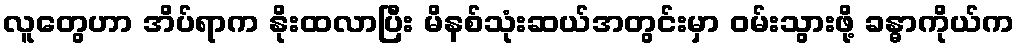
လူတွေဟာ အိပ်ရာက နိုးထလာပြီး မိနစ်သုံးဆယ်အတွင်းမှာ ဝမ်းသွားဖို့ ခန္ဓာကိုယ်က